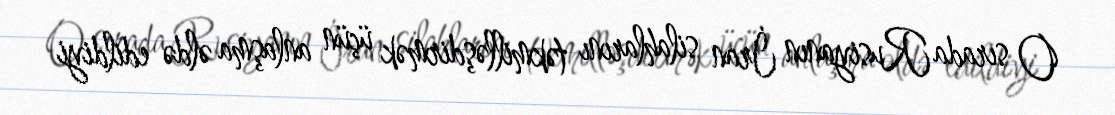
O sırada Rusiyanın İran silahlarını təkmilləşdirmək üçün anlaşma əldə edildiyi